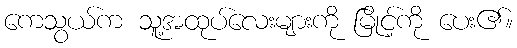
ကေသွယ်က သူ့အထုပ်လေးများကို မြိုင့်ကို ပေး၏။